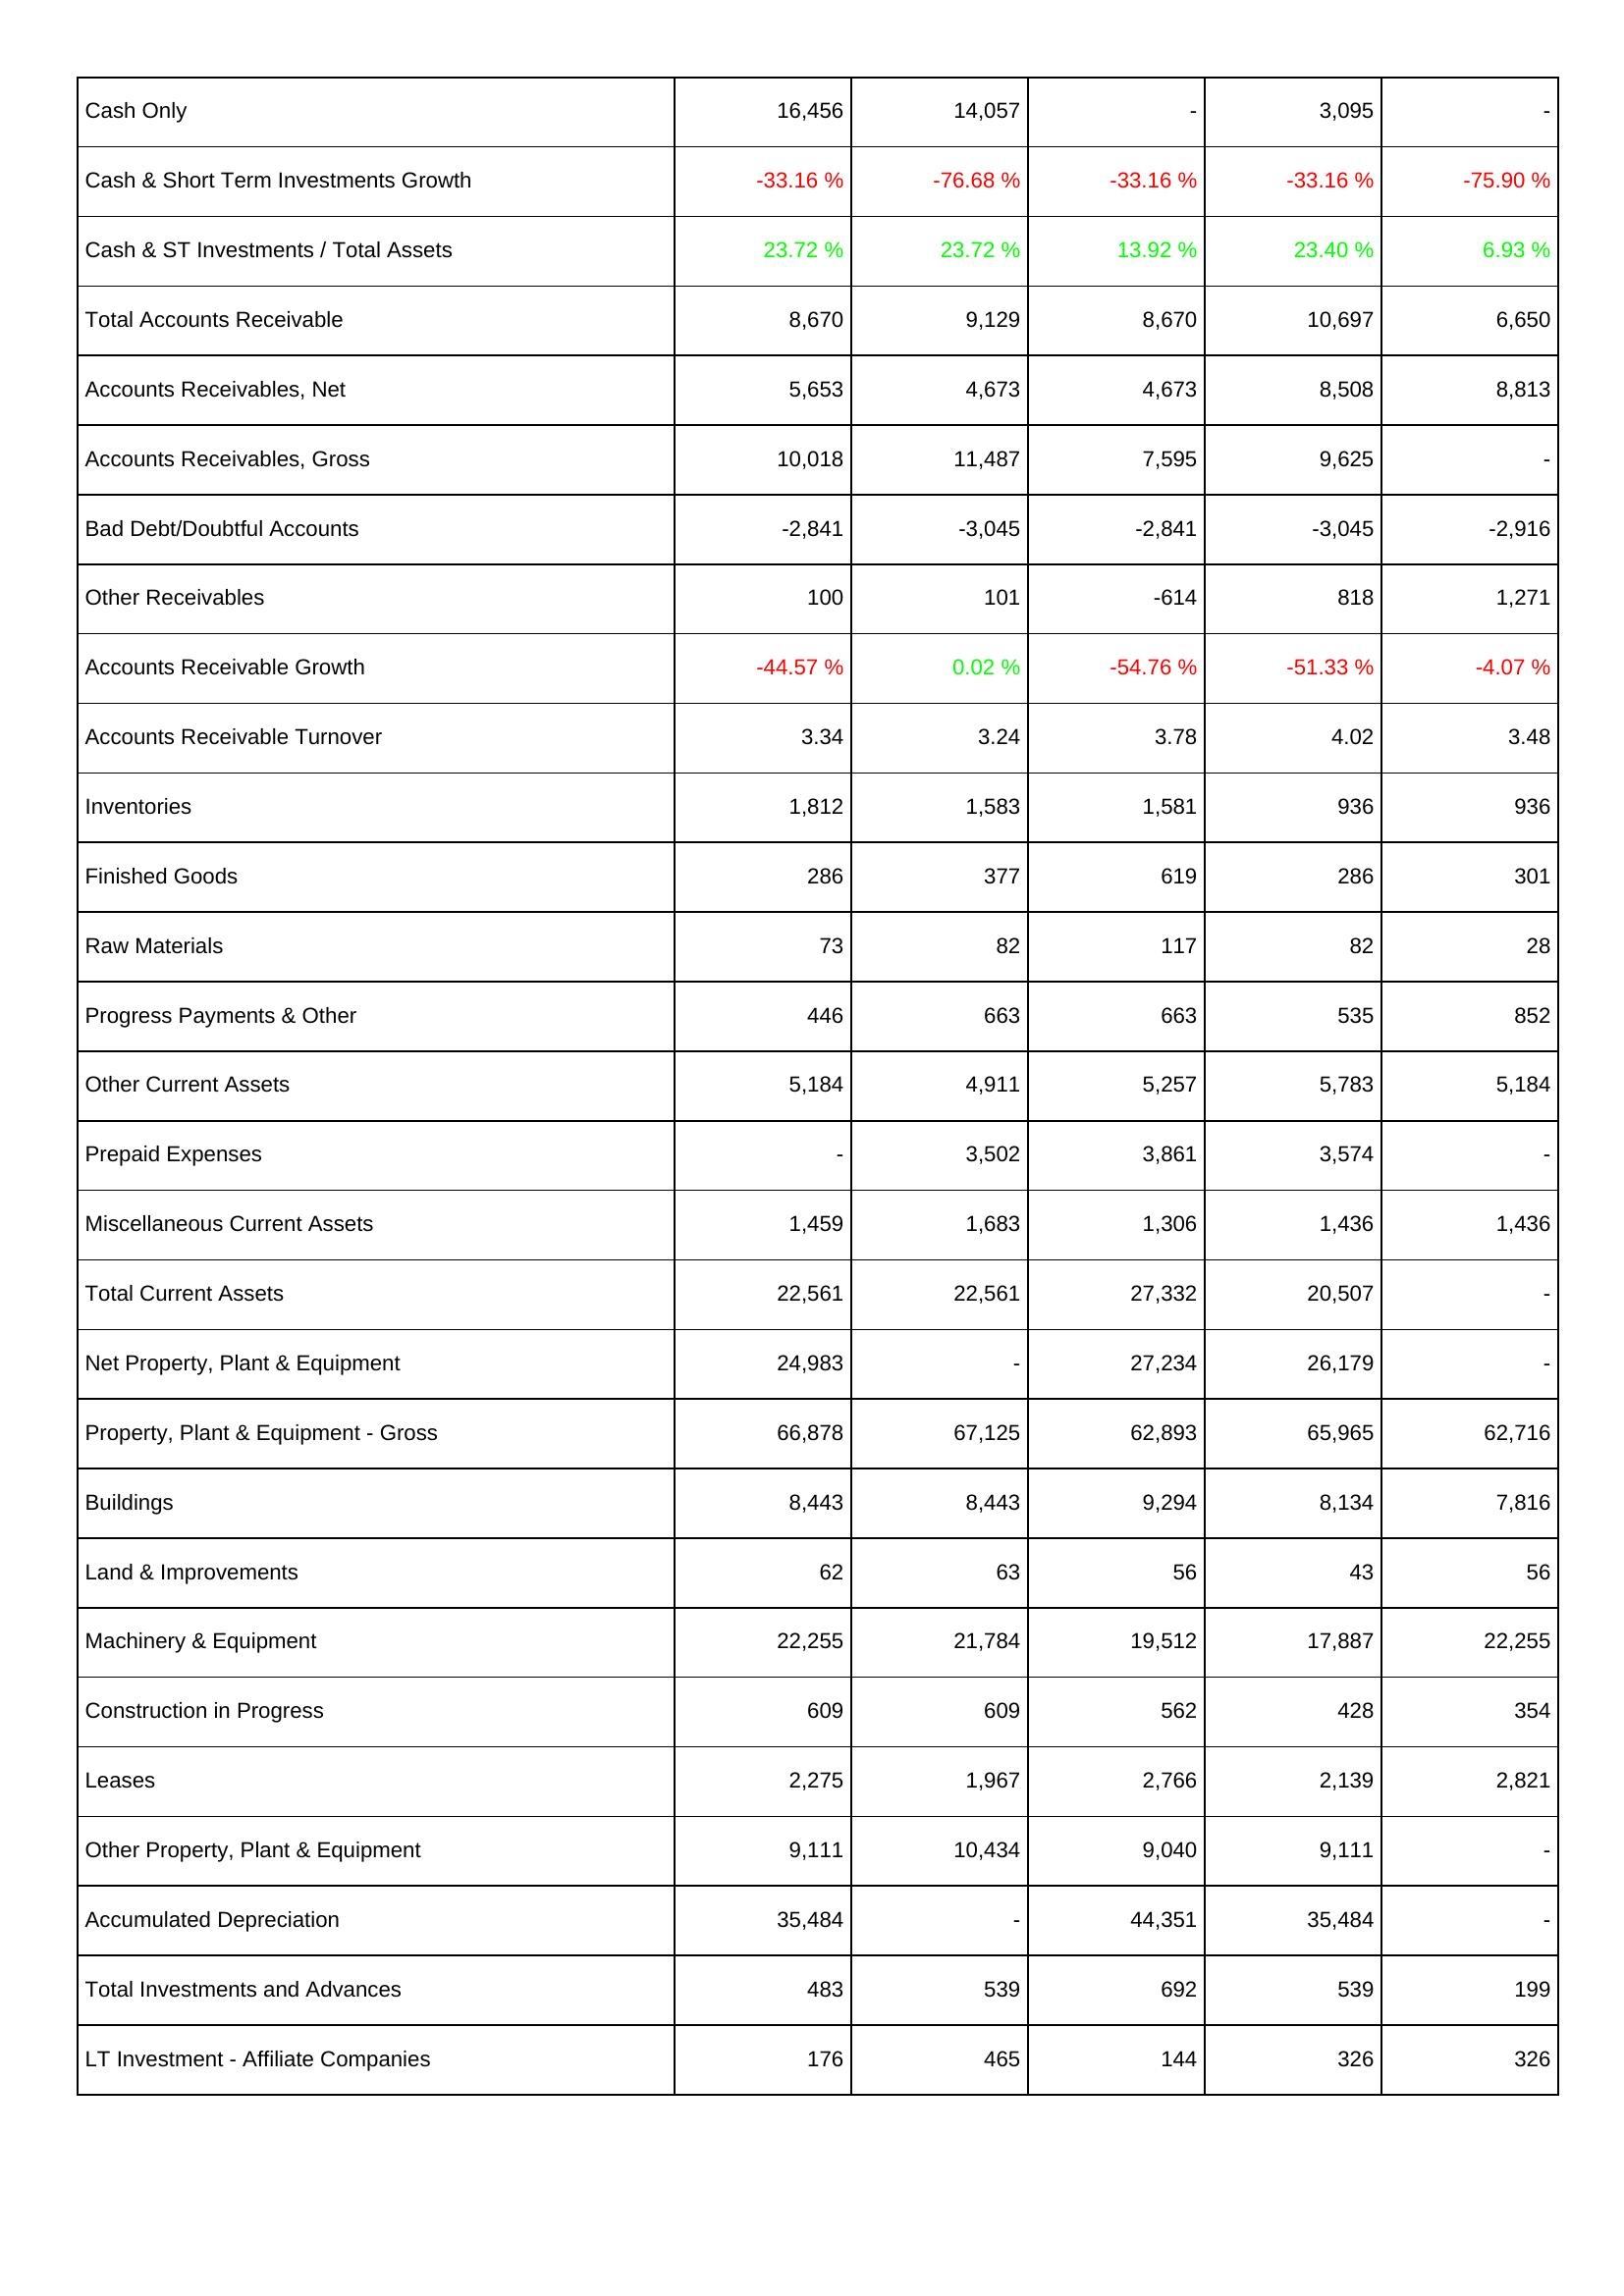
2007: Assets: Cash Only: 16,456
Cash & Short Term Investments Growth: -33.16 %
Cash & ST Investments / Total Assets: 23.72 %
Total Accounts Receivable: 8,670
Accounts Receivables, Net: 5,653
Accounts Receivables, Gross: 10,018
Bad Debt/Doubtful Accounts: -2,841
Other Receivables: 100
Accounts Receivable Growth: -44.57 %
Accounts Receivable Turnover: 3.34
Inventories: 1,812
Finished Goods: 286
Raw Materials: 73
Progress Payments & Other: 446
Other Current Assets: 5,184
Prepaid Expenses: -
Miscellaneous Current Assets: 1,459
Total Current Assets: 22,561
Net Property, Plant & Equipment: 24,983
Property, Plant & Equipment - Gross: 66,878
Buildings: 8,443
Land & Improvements: 62
Machinery & Equipment: 22,255
Construction in Progress: 609
Leases: 2,275
Other Property, Plant & Equipment: 9,111
Accumulated Depreciation: 35,484
Total Investments and Advances: 483
LT Investment - Affiliate Companies: 176
2008: Assets: Cash Only: 14,057
Cash & Short Term Investments Growth: -76.68 %
Cash & ST Investments / Total Assets: 23.72 %
Total Accounts Receivable: 9,129
Accounts Receivables, Net: 4,673
Accounts Receivables, Gross: 11,487
Bad Debt/Doubtful Accounts: -3,045
Other Receivables: 101
Accounts Receivable Growth: 0.02 %
Accounts Receivable Turnover: 3.24
Inventories: 1,583
Finished Goods: 377
Raw Materials: 82
Progress Payments & Other: 663
Other Current Assets: 4,911
Prepaid Expenses: 3,502
Miscellaneous Current Assets: 1,683
Total Current Assets: 22,561
Net Property, Plant & Equipment: -
Property, Plant & Equipment - Gross: 67,125
Buildings: 8,443
Land & Improvements: 63
Machinery & Equipment: 21,784
Construction in Progress: 609
Leases: 1,967
Other Property, Plant & Equipment: 10,434
Accumulated Depreciation: -
Total Investments and Advances: 539
LT Investment - Affiliate Companies: 465
2009: Assets: Cash Only: -
Cash & Short Term Investments Growth: -33.16 %
Cash & ST Investments / Total Assets: 13.92 %
Total Accounts Receivable: 8,670
Accounts Receivables, Net: 4,673
Accounts Receivables, Gross: 7,595
Bad Debt/Doubtful Accounts: -2,841
Other Receivables: -614
Accounts Receivable Growth: -54.76 %
Accounts Receivable Turnover: 3.78
Inventories: 1,581
Finished Goods: 619
Raw Materials: 117
Progress Payments & Other: 663
Other Current Assets: 5,257
Prepaid Expenses: 3,861
Miscellaneous Current Assets: 1,306
Total Current Assets: 27,332
Net Property, Plant & Equipment: 27,234
Property, Plant & Equipment - Gross: 62,893
Buildings: 9,294
Land & Improvements: 56
Machinery & Equipment: 19,512
Construction in Progress: 562
Leases: 2,766
Other Property, Plant & Equipment: 9,040
Accumulated Depreciation: 44,351
Total Investments and Advances: 692
LT Investment - Affiliate Companies: 144
2010: Assets: Cash Only: 3,095
Cash & Short Term Investments Growth: -33.16 %
Cash & ST Investments / Total Assets: 23.40 %
Total Accounts Receivable: 10,697
Accounts Receivables, Net: 8,508
Accounts Receivables, Gross: 9,625
Bad Debt/Doubtful Accounts: -3,045
Other Receivables: 818
Accounts Receivable Growth: -51.33 %
Accounts Receivable Turnover: 4.02
Inventories: 936
Finished Goods: 286
Raw Materials: 82
Progress Payments & Other: 535
Other Current Assets: 5,783
Prepaid Expenses: 3,574
Miscellaneous Current Assets: 1,436
Total Current Assets: 20,507
Net Property, Plant & Equipment: 26,179
Property, Plant & Equipment - Gross: 65,965
Buildings: 8,134
Land & Improvements: 43
Machinery & Equipment: 17,887
Construction in Progress: 428
Leases: 2,139
Other Property, Plant & Equipment: 9,111
Accumulated Depreciation: 35,484
Total Investments and Advances: 539
LT Investment - Affiliate Companies: 326
2011: Assets: Cash Only: -
Cash & Short Term Investments Growth: -75.90 %
Cash & ST Investments / Total Assets: 6.93 %
Total Accounts Receivable: 6,650
Accounts Receivables, Net: 8,813
Accounts Receivables, Gross: -
Bad Debt/Doubtful Accounts: -2,916
Other Receivables: 1,271
Accounts Receivable Growth: -4.07 %
Accounts Receivable Turnover: 3.48
Inventories: 936
Finished Goods: 301
Raw Materials: 28
Progress Payments & Other: 852
Other Current Assets: 5,184
Prepaid Expenses: -
Miscellaneous Current Assets: 1,436
Total Current Assets: -
Net Property, Plant & Equipment: -
Property, Plant & Equipment - Gross: 62,716
Buildings: 7,816
Land & Improvements: 56
Machinery & Equipment: 22,255
Construction in Progress: 354
Leases: 2,821
Other Property, Plant & Equipment: -
Accumulated Depreciation: -
Total Investments and Advances: 199
LT Investment - Affiliate Companies: 326